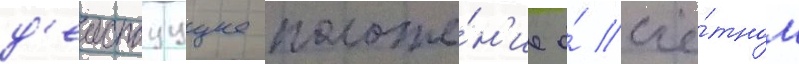
д'еиствуущее положе́н'ие о́ счё́тном